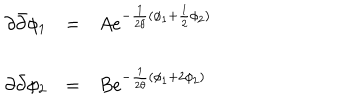
LaTeX: \begin{array} { l c l } { { \partial { \bar { \partial } } \phi _ { 1 } } } & { { = } } & { { A e ^ { - \frac { 1 } { 2 \theta } ( \phi _ { 1 } + \frac { 1 } { 2 } \phi _ { 2 } ) } } } \\ { { \partial { \bar { \partial } } \phi _ { 2 } } } & { { = } } & { { B e ^ { - \frac { 1 } { 2 \theta } ( \phi _ { 1 } + 2 \phi _ { 2 } ) } } } \\ \end{array}